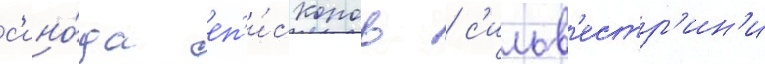
с'ино́да еп'и́скопов / с'ильв'естр'ин'и